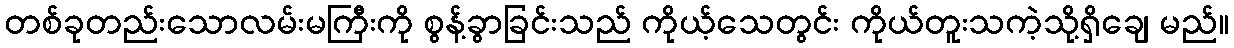
တစ်ခုတည်းသောလမ်းမကြီးကို စွန့်ခွာခြင်းသည် ကိုယ့်သေတွင်း ကိုယ်တူးသကဲ့သို့ရှိချေ မည်။